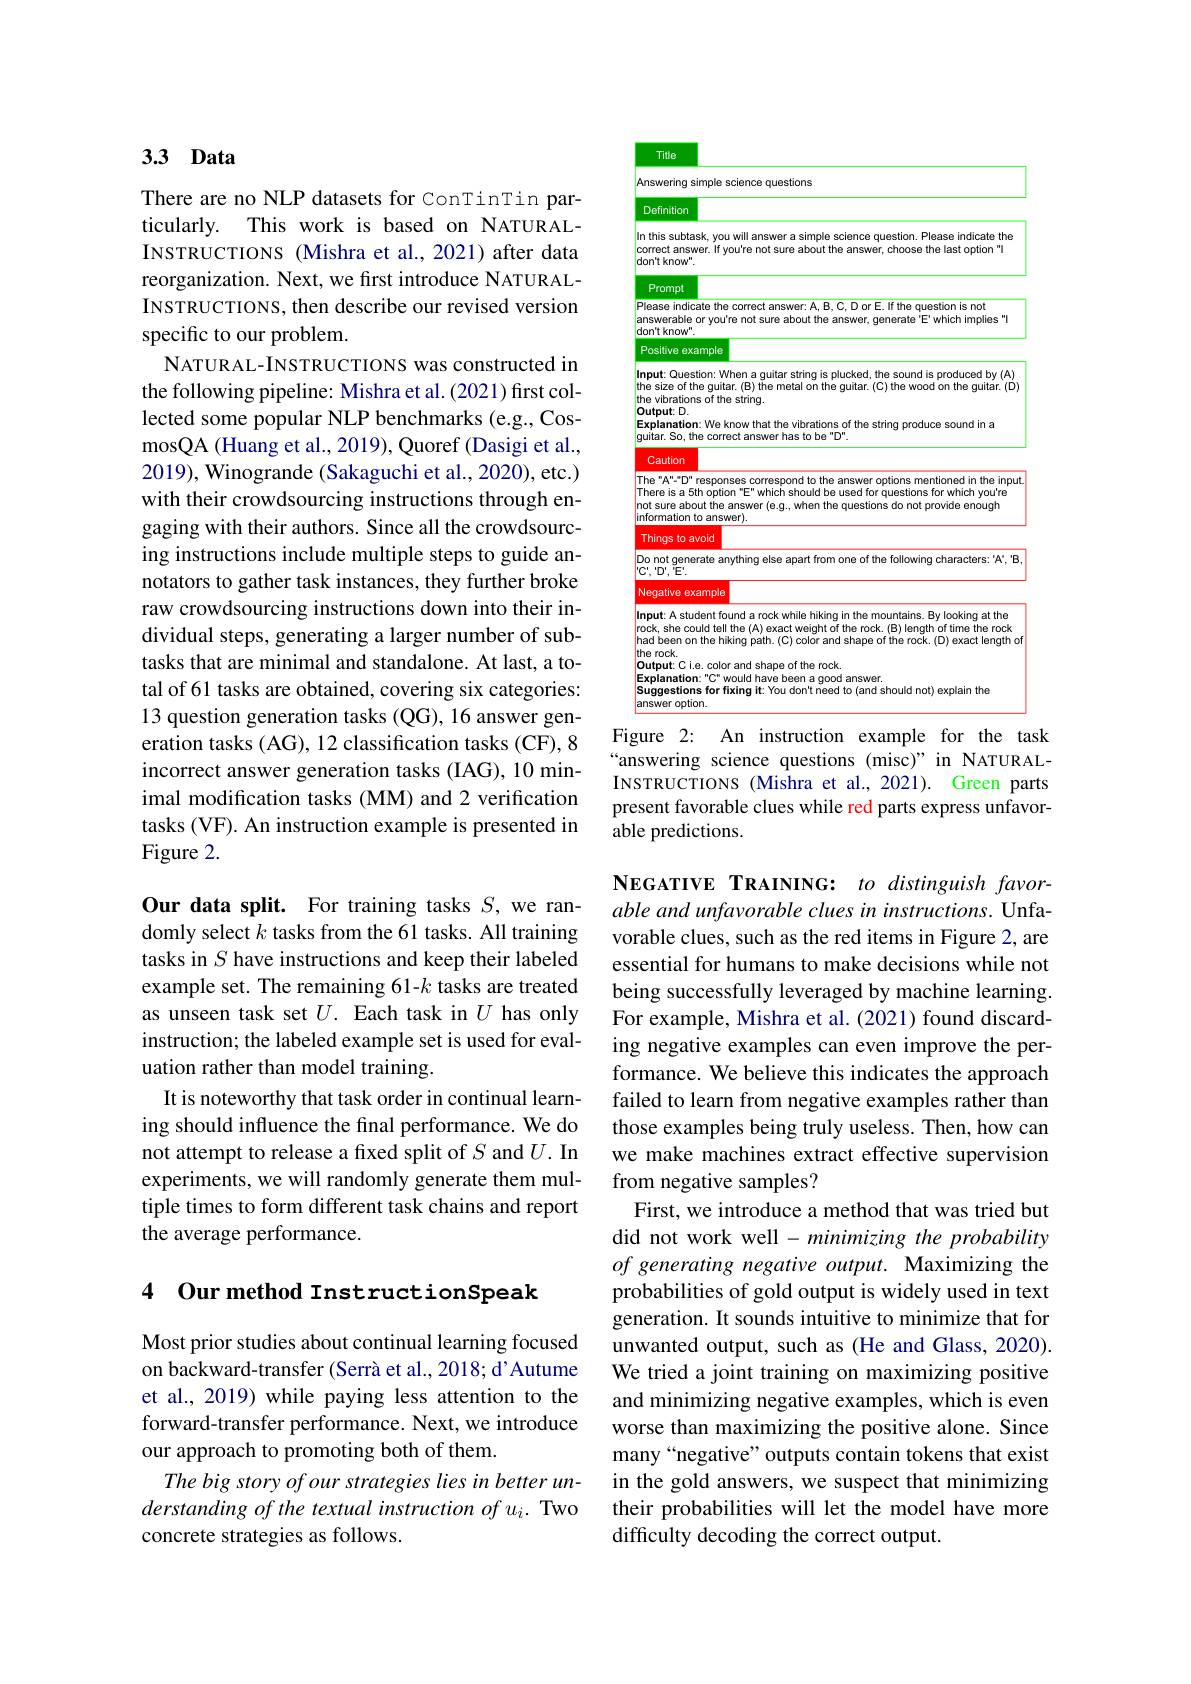
## 3.3 Data

There are no NLP datasets for ConTinTin particularly. This work is based on NATURALINSTRUCTIONS (Mishra et al., 2021) after data reorganization. Next, we first introduce NATURALINSTRUCTIONS, then describe our revised version specific to our problem.
NATURAL-INSTRUCTIONS was constructed in the following pipeline: Mishra et al.(2021) first collected some popular NLP benchmarks (e.g., CosmosQA (Huang et al., 2019), Quoref (Dasigi et al., 2019), Winogrande (Sakaguchi et al., 2020), etc.) with their crowdsourcing instructions through engaging with their authors. Since all the crowdsourcing instructions include multiple steps to guide annotators to gather task instances, they further broke raw crowdsourcing instructions down into their individual steps, generating a larger number of subtasks that are minimal and standalone. At last, a total of 61 tasks are obtained, covering six categories: 13 question generation tasks (QG), 16 answer generation tasks (AG), 12 classification tasks (CF), 8 incorrect answer generation tasks (IAG), 10 minimal modification tasks (MM) and 2 verification tasks (VF). An instruction example is presented in Figure 2.

Our data split. For training tasks $S$, we randomly select $k$ tasks from the 61 tasks. All training tasks in $S$ have instructions and keep their labeled example set. The remaining 61-k tasks are treated as unseen task set $U.$ Each task in $U$ has only instruction; the labeled example set is used for evaluation rather than model training.
It is noteworthy that task order in continual learning should influence the final performance. We do not attempt to release a fixed split of $S$ and $U.$ In experiments, we will randomly generate them multiple times to form different task chains and report the average performance.

4 Our method InstructionSpeak

Most prior studies about continual learning focused on backward-transfer (Serrà et al., 2018; d' Autume et al., 2019) while paying less attention to the forward-transfer performance. Next, we introduce our approach to promoting both of them.
The big story of our strategies lies in better understanding of the textual instruction of ui. Two concrete strategies as follows.

<table>
	<tbody>
		<tr>
			<td> </td>
			<td>Definition</td>
			<td>ion</td>
		</tr>
		<tr>
			<td>$\ln$ $cc$ $dc$</td>
			<td>In this subtask, you will answer a simple science question. Please indica correct answer. If you're not sure about the answer, choose the last optio don't know"</td>
			<td>ubtask, you will answer a simple science question. Please indicate the answer. If you're not sure about the answer, choose the last option" I $ow^{n}.$</td>
		</tr>
		<tr>
			<td> </td>
			<td>Prompt</td>
			<td>pt</td>
		</tr>
		<tr>
			<td>$PI$ ar $dc$</td>
			<td>Please indicate the correct answer: A, B, C, D or E. If the question is not answerable or you're not sure about the answer, generate'E'which impl don't know"</td>
			<td>indicate the correct answer: A, B, C, D or E. If the question is not able or you're not sure about the answer, generate'E' which implies" I $ow^{n}.$</td>
		</tr>
		<tr>
			<td>F</td>
			<td>Positive example</td>
			<td>e example</td>
		</tr>
		<tr>
			<td>In th th 0</td>
			<td>Input: Question: When a guitar string is plucked, the sound is produced the vibrations of the string. the size of the guitar. (B) the metal on the guitar. (C) the wood on the gu Output:D</td>
			<td>Question: When a guitar string is plucked, the sound is produced by (A) ations of the string. of the guitar. (B) the metal on the guitar. (C) the wood on the guitar. (D) $:D.$</td>
		</tr>
		<tr>
			<td>TI TI</td>
			<td>The "A"-"D" responses correspond to the answer options mentioned in tt There is a 5th option "E" which should be used for questions for which y not sure about the answer (e.g., when the questions do not provide enov information to answer).</td>
			<td>-"D" responses correspond to the answer options mentioned in the input sa 5th option "E" which should be used for questions for which you're s about the answer (e.g., when the questions do not provide enough tion to answer).</td>
		</tr>
		<tr>
			<td> </td>
			<td>Things to avoid</td>
			<td>to avoid</td>
		</tr>
		<tr>
			<td>N</td>
			<td>Negative example</td>
			<td>e example</td>
		</tr>
		<tr>
			<td>$hi$ 0 $E:$ $Si$ ar</td>
			<td>Input: A student found a rock while hiking in the mountains. By looking a rock, she could tell the (A) exact weight of the rock. (B) length of time the had been on the hiking path. (C) color and shape of the rock. (D) exact I the rock. Output: C i.e. color and shape of the rock Explanation: "C" would have been a good answer. Suggestions for fixing it: You don't need to (and should not) explain th answer option.</td>
			<td>student found a rock while hiking in the mountains. By looking at the e could tell the (A) exact weight of the rock. (B) length of time the rock n on the hiking path. (C) color and shape of the rock. (D) exact length of Ci.e. color and shape of the rock. ation: "C" would have been a good answer. tions for fixing it: You don't need to (and should not) explain the $option.$</td>
		</tr>
	</tbody>
</table>

Title
Figure 2: An instruction example for the task

“answering science questions (misc)” in NATURALINSTRUCTIONS (Mishra et al.,2021). Green parts present favorable clues while red parts express unfavorable predictions.

NEGATIVE TRAINING: to distinguish favorable and unfavorable clues in instructions. Unfavorable clues, such as the red items in Figure 2, are essential for humans to make decisions while not being successfully leveraged by machine learning. For example, Mishra et al. (2021) found discarding negative examples can even improve the performance. We believe this indicates the approach failed to learn from negative examples rather than those examples being truly useless. Then, how can we make machines extract effective supervision from negative samples?
First, we introduce a method that was tried but did not work well - minimizing the probability of generating negative output. Maximizing the probabilities of gold output is widely used in text generation. It sounds intuitive to minimize that for unwanted output, such as (He and Glass, 2020). We tried a joint training on maximizing positive and minimizing negative examples, which is even worse than maximizing the positive alone. Since many“negative” outputs contain tokens that exist in the gold answers, we suspect that minimizing their probabilities will let the model have more difficulty decoding the correct output.